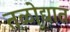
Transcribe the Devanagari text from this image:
तळोद्यात